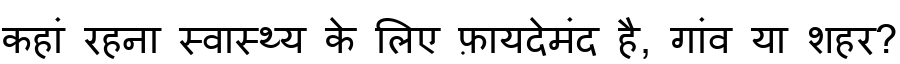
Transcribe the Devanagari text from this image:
कहां रहना स्वास्थ्य के लिए फ़ायदेमंद है, गांव या शहर?